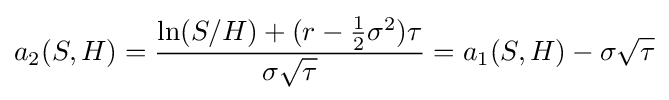
a_{2}(S,H)={\frac {\ln(S/H)+(r-{\frac {1}{2}}\sigma ^{2})\tau }{\sigma {\sqrt {\tau }}}}=a_{1}(S,H)-\sigma {\sqrt {\tau }}